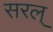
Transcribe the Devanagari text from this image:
सरल्